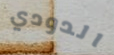
الدودي